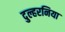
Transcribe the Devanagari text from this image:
दुल्हरनिया